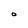
Character: O